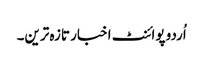
اُردو پوائنٹ اخبار تازہ ترین۔